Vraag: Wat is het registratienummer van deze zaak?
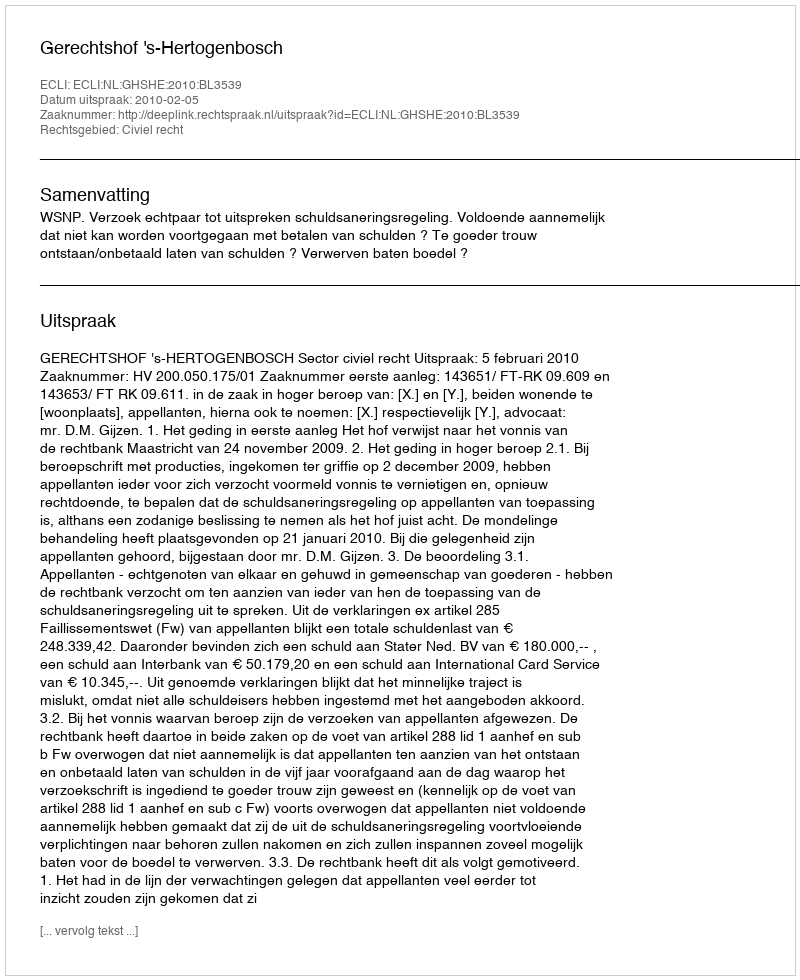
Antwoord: http://deeplink.rechtspraak.nl/uitspraak?id=ECLI:NL:GHSHE:2010:BL3539